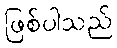
ဖြစ်ပါသည်